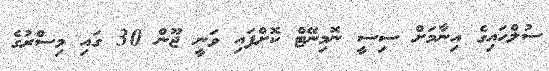
ސުލްހައިގެ އިނާމަށް ސިސީ ނޮމިނޭޓް ކޮށްފައި ވަނީ ޖޫން 30 ގައި މިސްރުގެ